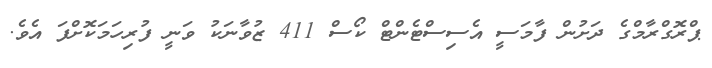
ޕްރޮގްރާމްގެ ދަށުން ފާމަސީ އެސިސްޓެންޓް ކޯސް 411 ޒުވާނަކު ވަނީ ފުރިހަމަކޮށްފަ އެވެ.